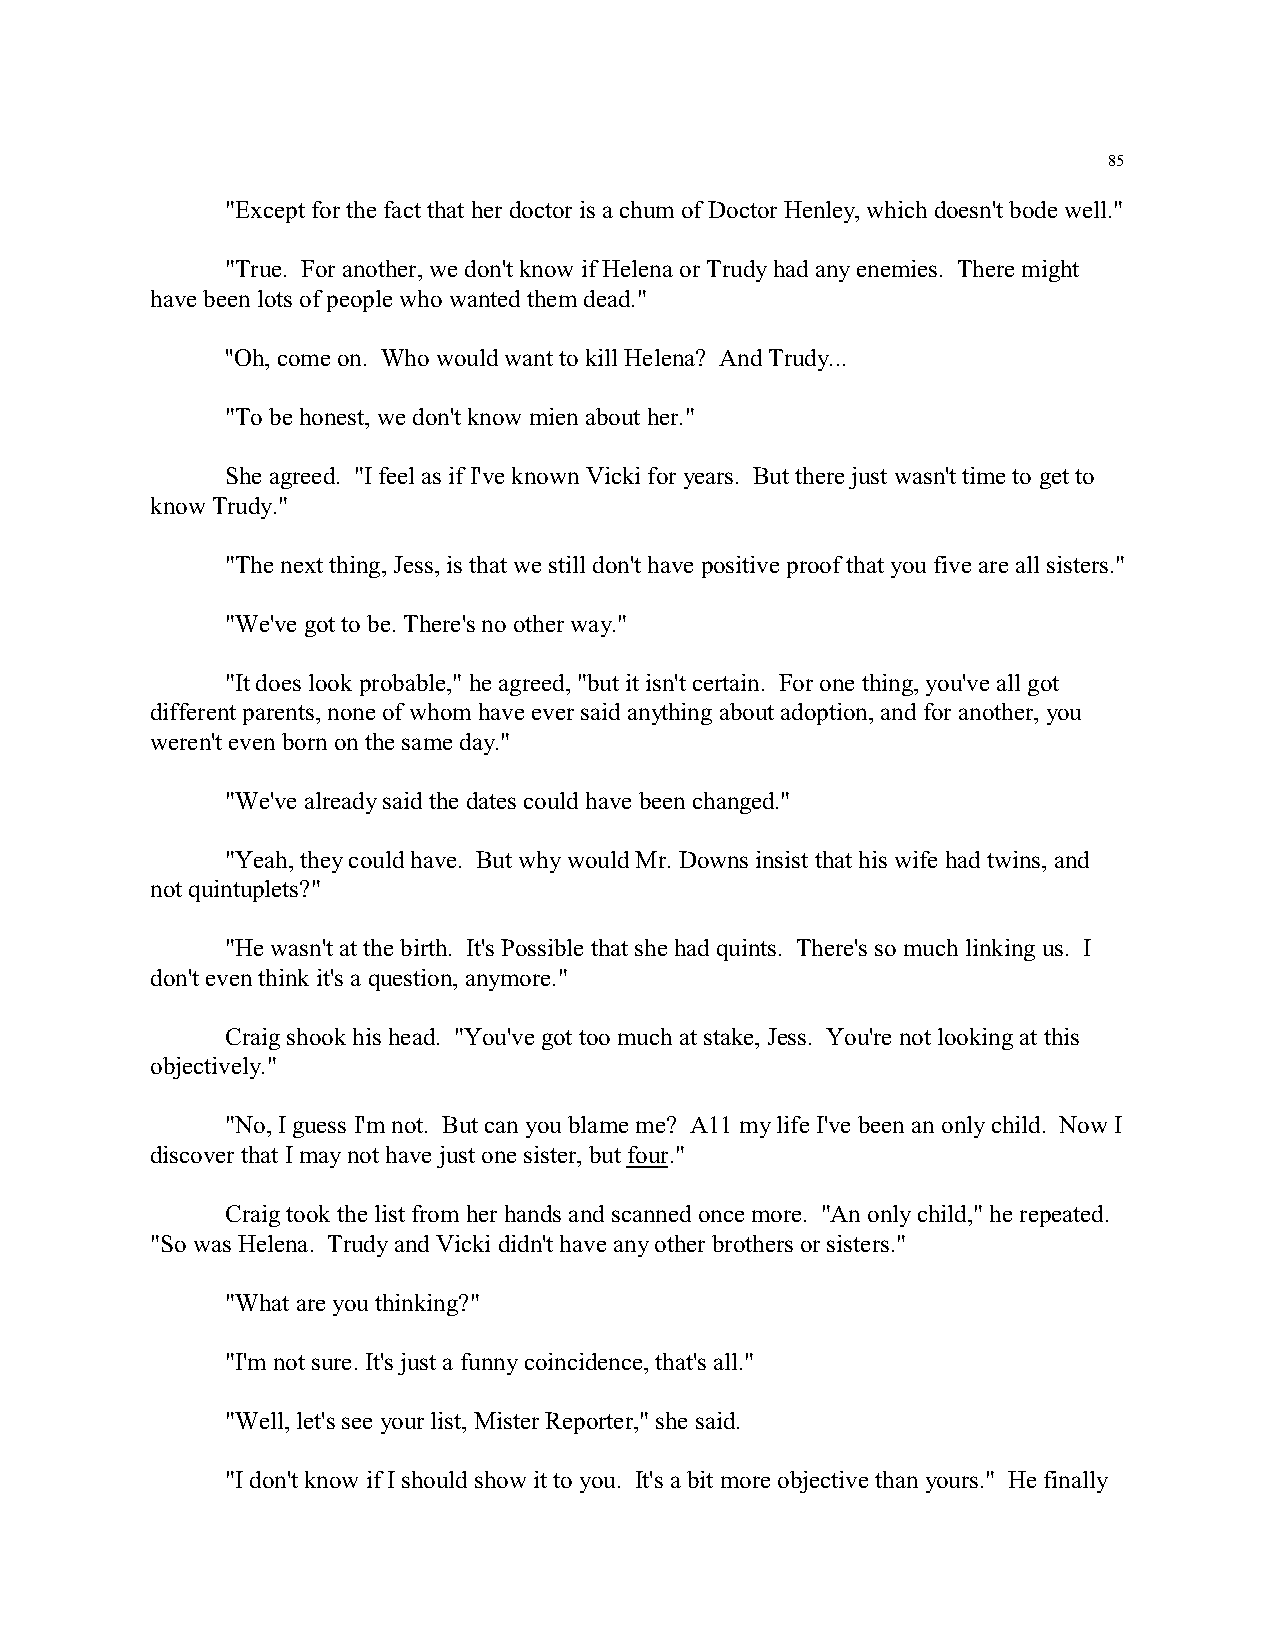
85
 "Except for the fact that her doctor is a chum of Doctor Henley, which doesn't bode well."
 "True. For another, we don't know if Helena or Trudy had any enemies. There might
 have been lots of people who wanted them dead."
 ''Oh, come on. Who would want to kill Helena? And Trudy...
 "To be honest, we don't know mien about her."
 She agreed. "I feel as if I've known Vicki for years. But there just wasn't time to get to
 know Trudy."
 "The next thing, Jess, is that we still don't have positive proof that you five are all sisters."
 "We've got to be. There's no other way."
 "It does look probable," he agreed, "but it isn't certain. For one thing, you've all got
 different parents, none of whom have ever said anything about adoption, and for another, you
 weren't even born on the same day."
 "We've already said the dates could have been changed."
 "Yeah, they could have. But why would Mr. Downs insist that his wife had twins, and
 not quintuplets?"
 "He wasn't at the birth. It's Possible that she had quints. There's so much linking us. I
 don't even think it's a question, anymore."
 Craig shook his head. "You've got too much at stake, Jess. You're not looking at this
 objectively."
 "No, I guess I'm not. But can you blame me? A11 my life I've been an only child. Now I
 discover that I may not have just one sister, but four."
 Craig took the list from her hands and scanned once more. "An only child," he repeated.
 "So was Helena. Trudy and Vicki didn't have any other brothers or sisters."
 "What are you thinking?"
 "I'm not sure. It's just a funny coincidence, that's all."
 "Well, let's see your list, Mister Reporter," she said.
 "I don't know if I should show it to you. It's a bit more objective than yours." He finally